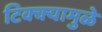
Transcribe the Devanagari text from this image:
टिक्क्यामुळे